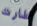
طارت